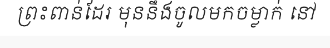
ព្រះពាន់ដែរ មុននឹងចូលមកចម្លាក់ នៅ